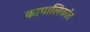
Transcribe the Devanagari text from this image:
कापालिकांत